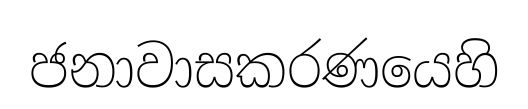
ජනාවාසකරණයෙහි